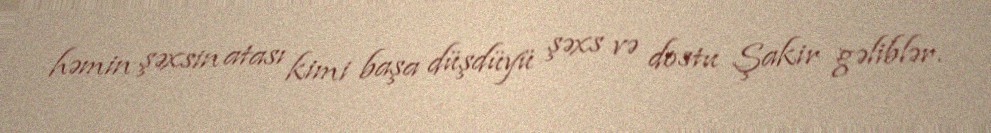
həmin şəxsin atası kimi başa düşdüyü şəxs və dostu Şakir gəliblər.